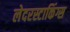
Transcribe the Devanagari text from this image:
लेदरस्टाकिंग्स